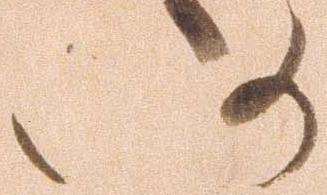
仍